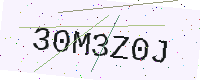
Text: 30M3Z0J